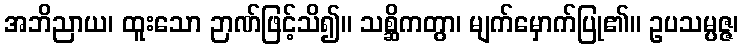
အဘိညာယ၊ ထူးသော ဉာဏ်ဖြင့်သိ၍။ သစ္ဆိကတွာ၊ မျက်မှောက်ပြု၏။ ဥပသမ္ပဇ္ဇ၊